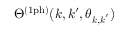
\Theta ^ { \mathrm { ( 1 p h ) } } ( k , k ^ { \prime } , \theta _ { \boldsymbol { k } , \boldsymbol { k } ^ { \prime } } )